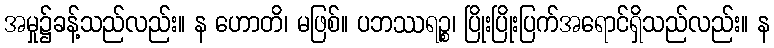
အမှု၌ခန့်သည်လည်း။ န ဟောတိ၊ မဖြစ်။ ပဘဿရဉ္စ၊ ပြိုးပြိုးပြက်အရောင်ရှိသည်လည်း။ န